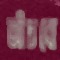
আঁচবো